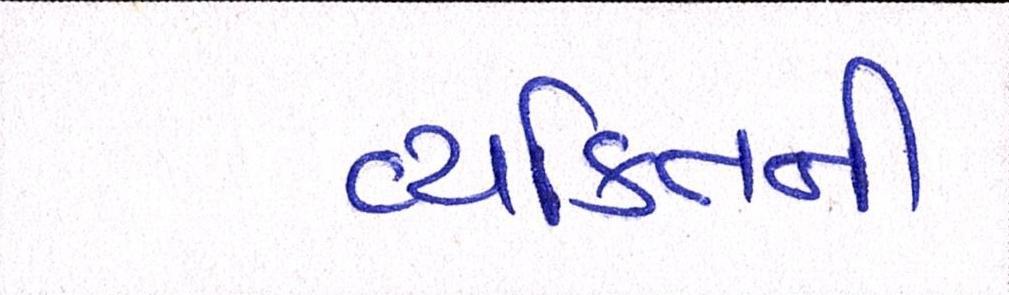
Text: વ્યકિતની